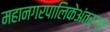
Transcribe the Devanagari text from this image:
महानगरपालिकेअंतर्गत